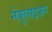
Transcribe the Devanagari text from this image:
नेबुलाइज़र